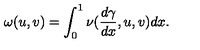
\omega ( u , v ) = \int _ { 0 } ^ { 1 } \nu ( \frac { d \gamma } { d x } , u , v ) d x .